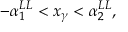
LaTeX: - \alpha _ { 1 } ^ { L L } < x _ { \gamma } < \alpha _ { 2 } ^ { L L } ,